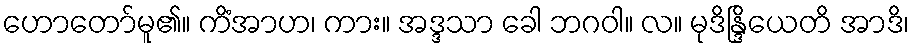
ဟောတော်မူ၏။ ကိံအာဟ၊ ကား။ အဒ္ဒသာ ခေါ ဘဂဝါ။ လ။ မုဒိန္ဒြိယေတိ အာဒိ၊